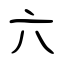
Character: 六